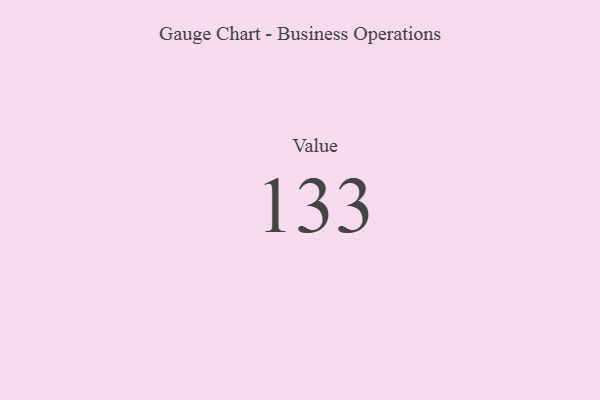
{"axis": {"x": "Metric", "y": "Value"}, "legend": [""], "data": [{"x": "Value", "y": 133, "type": ""}]}